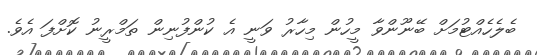
ބެލެހެއްޓުމަށް ބޭނޫންވާ މީހުން މިހާރު ވަނީ އެ ކުންފުނިން ތަމްރީނު ކޮށްފަ އެވެ.